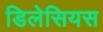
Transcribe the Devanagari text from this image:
डिलेसियस